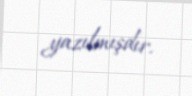
yazılmışdır.